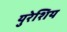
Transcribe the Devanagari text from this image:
युरेशिय